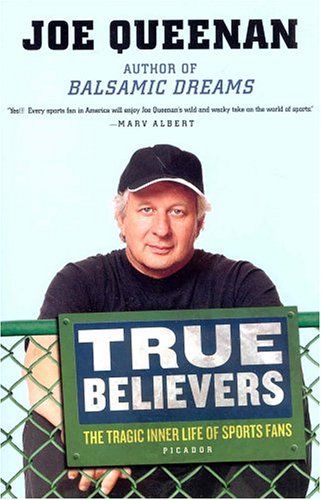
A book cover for True Believers : The Tragic Inner Life of Sports Fans; Joe Queenan; Humor & Entertainment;